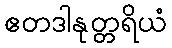
ဧတဒါနုတ္တရိယံ